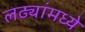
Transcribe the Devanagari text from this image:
लढ्यांमध्ये